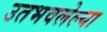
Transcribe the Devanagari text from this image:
उतभवलेल्या